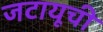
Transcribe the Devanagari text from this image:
जटायूची